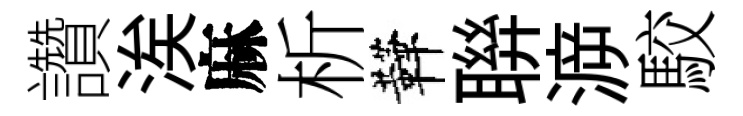
讚涘麻析鞾聨㴑駮